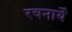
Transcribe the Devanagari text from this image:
रचनायेँ